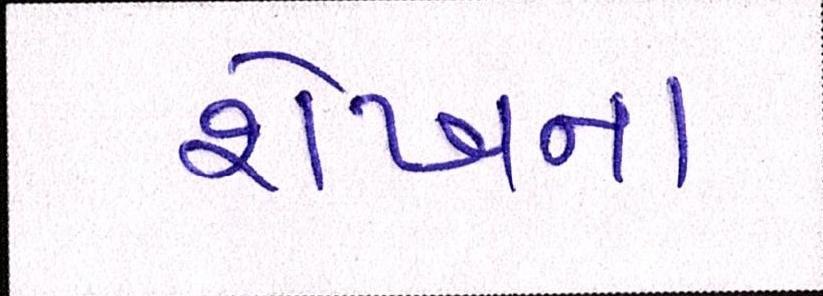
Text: શેખના